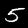
Digit: 5